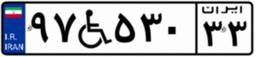
۲۲W۹۷۵۳۱